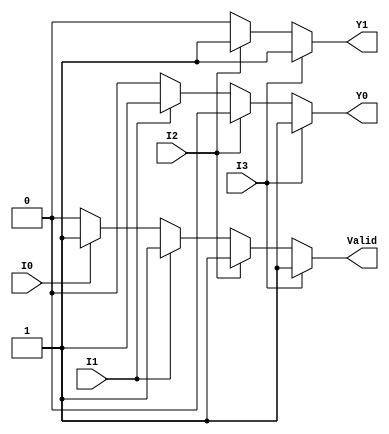
module priority_encoder_4to2 (
    input wire I0,   // Input 0 (Lowest priority)
    input wire I1,   // Input 1
    input wire I2,   // Input 2
    input wire I3,   // Input 3 (Highest priority)
    output reg Y1,   // Output bit 1
    output reg Y0,   // Output bit 0
    output reg Valid // Valid output
);

    always @(*) begin
        // Default values
        Y1 = 1'b0;
        Y0 = 1'b0;
        Valid = 1'b0;

        // Check inputs in priority order
        if (I3) begin
            Y1 = 1'b1; // Highest priority
            Y0 = 1'b1;
            Valid = 1'b1;
        end else if (I2) begin
            Y1 = 1'b1; // Second highest priority
            Y0 = 1'b0;
            Valid = 1'b1;
        end else if (I1) begin
            Y1 = 1'b0; // Third highest priority
            Y0 = 1'b1;
            Valid = 1'b1;
        end else if (I0) begin
            Y1 = 1'b0; // Lowest priority
            Y0 = 1'b0;
            Valid = 1'b1;
        end else begin
            // All inputs are inactive
            Valid = 1'b0; // Valid output is low
        end
    end

endmodule